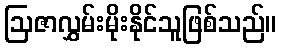
ဩဇာလွှမ်းမိုးနိုင်သူဖြစ်သည်။